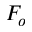
F _ { o }